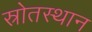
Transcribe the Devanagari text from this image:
स्रोतस्थान